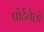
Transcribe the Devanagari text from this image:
पोर्टेबेलो